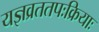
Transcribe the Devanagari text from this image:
यज्ञव्रततपःक्रियाः